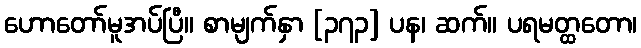
ဟောတော်မူအပ်ပြီ။ စာမျက်နှာ [၃၇၃] ပန၊ ဆက်။ ပရမတ္ထတော၊